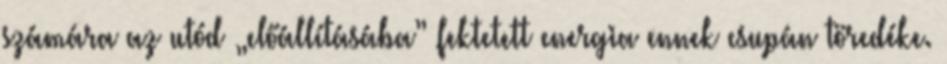
számára az utód „előállításába” fektetett energia ennek csupán töredéke.